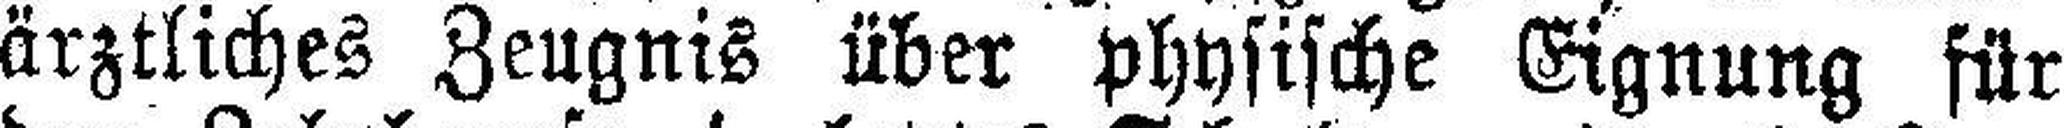
ärztliches Zeugnis über Physische Eignung für